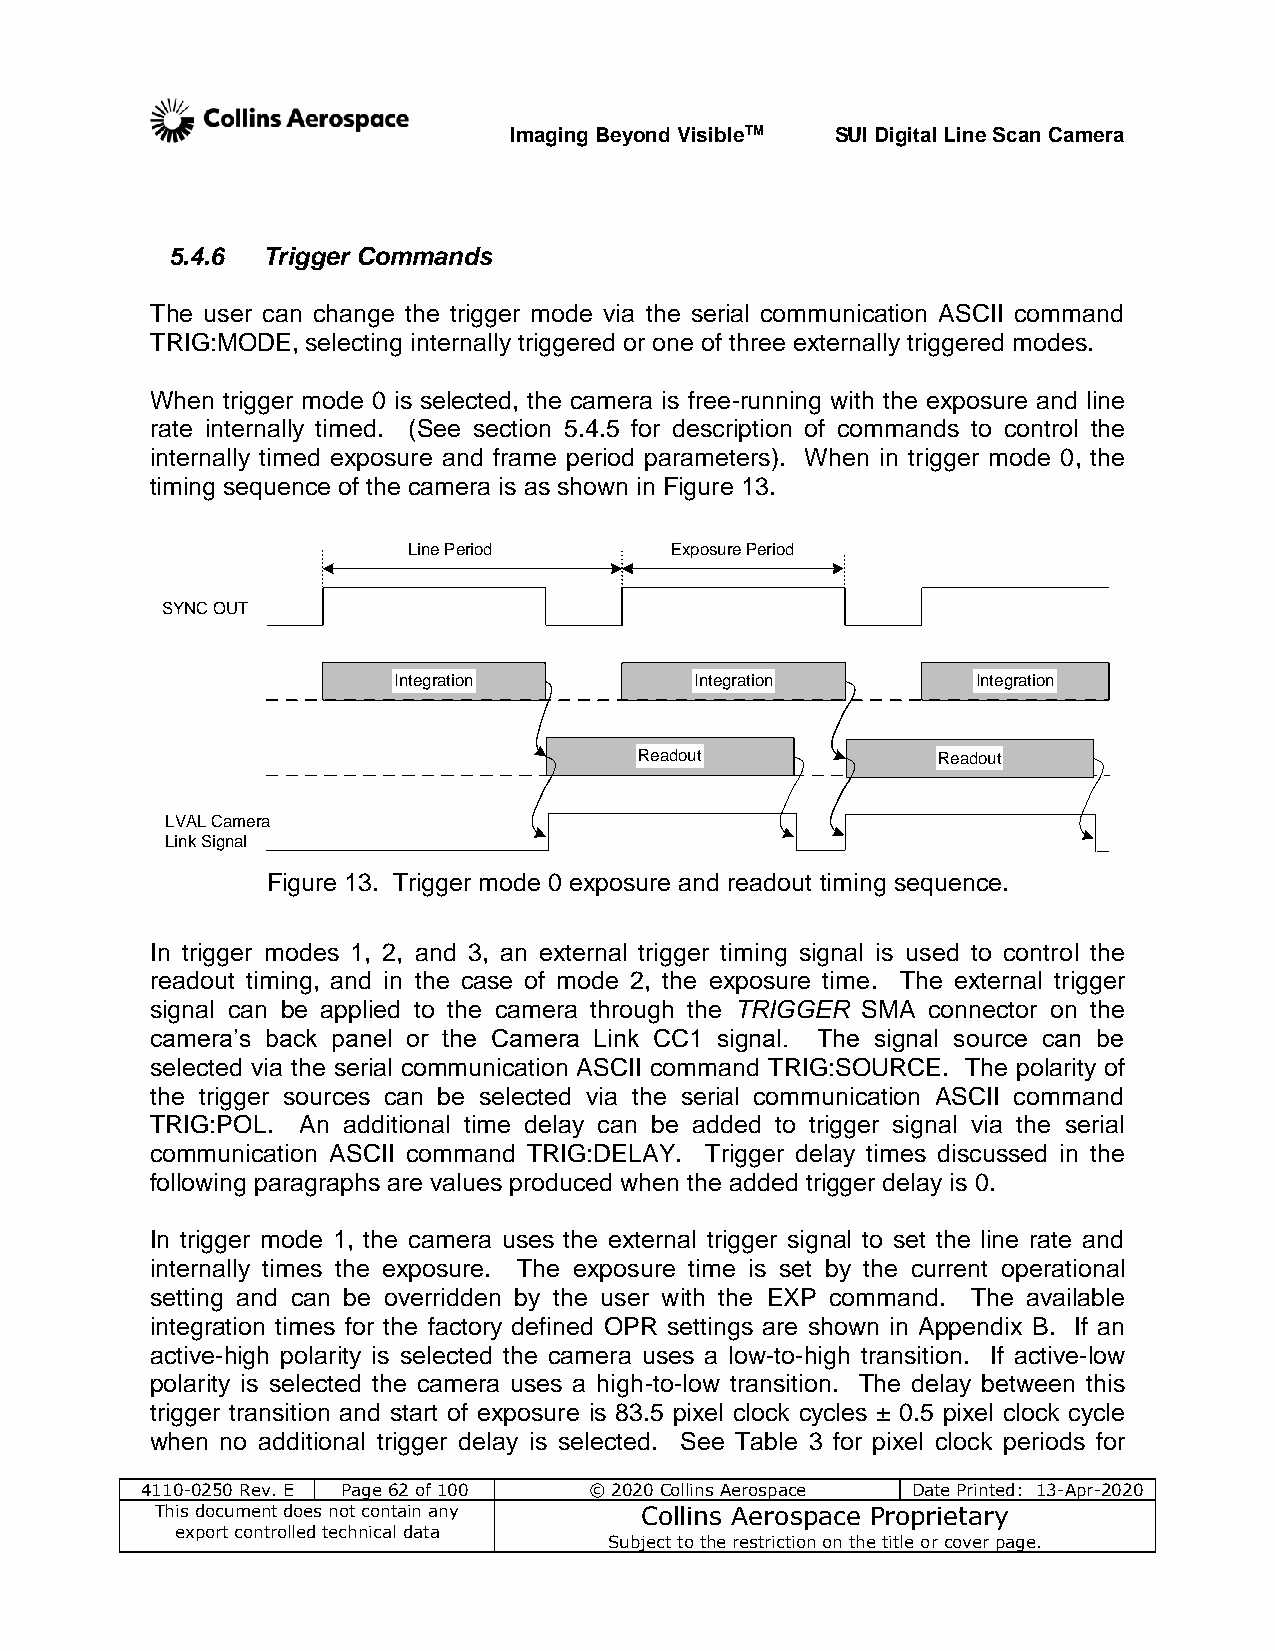
Imaging Beyond VisibleTM SUI Digital Line Scan Camera
 5.4.6 Trigger Commands
 The user can change the trigger mode via the serial communication ASCII command
 TRIG:MODE, selecting internally triggered or one of three externally triggered modes.
 When trigger mode 0 is selected, the camera is free-running with the exposure and line
 rate internally timed. (See section 5.4.5 for description of commands to control the
 internally timed exposure and frame period parameters). When in trigger mode 0, the
 timing sequence of the camera is as shown in Figure 13.
 Line Period      Exposure Period
 SSYYNNCC OOUUTT
 IInntteeggrraattiioonn IInntteeggrraattiioonn IInntteeggrraattiioonn
 RReeaaddoouutt      Readout
 LVAL Camera
 Link Signal
 Figure 13. Trigger mode 0 exposure and readout timing sequence.
 In trigger modes 1, 2, and 3, an external trigger timing signal is used to control the
 readout timing, and in the case of mode 2, the exposure time. The external trigger
 signal can be applied to the camera through the TRIGGER SMA connector on the
 camera’s back panel or the Camera Link CC1 signal. The signal source can be
 selected via the serial communication ASCII command TRIG:SOURCE. The polarity of
 the trigger sources can be selected via the serial communication ASCII command
 TRIG:POL. An additional time delay can be added to trigger signal via the serial
 communication ASCII command TRIG:DELAY. Trigger delay times discussed in the
 following paragraphs are values produced when the added trigger delay is 0.
 In trigger mode 1, the camera uses the external trigger signal to set the line rate and
 internally times the exposure. The exposure time is set by the current operational
 setting and can be overridden by the user with the EXP command. The available
 integration times for the factory defined OPR settings are shown in Appendix B. If an
 active-high polarity is selected the camera uses a low-to-high transition. If active-low
 polarity is selected the camera uses a high-to-low transition. The delay between this
 trigger transition and start of exposure is 83.5 pixel clock cycles ± 0.5 pixel clock cycle
 when no additional trigger delay is selected. See Table 3 for pixel clock periods for
 4110-0250 Rev. E Page 62 of 100 © 2020 Collins Aerospace Date Printed: 13-Apr-2020
 This document does not contain any Collins Aerospace Proprietary
 export controlled technical data
 Subject to the restriction on the title or cover page.